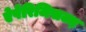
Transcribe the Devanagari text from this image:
ऐपेरिजिसज्म़